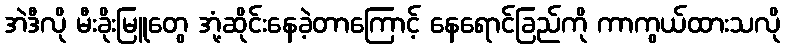
အဲဒီလို မီးခိုးမြူတွေ အုံ့ဆိုင်းနေခဲ့တာကြောင့် နေရောင်ခြည်ကို ကာကွယ်ထားသလို